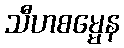
သီဟစမ္မေန